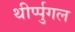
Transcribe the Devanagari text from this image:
थीर्प्पुगल